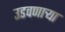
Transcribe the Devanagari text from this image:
उडवणाऱ्या